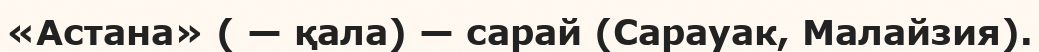
«Астана» ( — қала) — сарай (Сарауак, Малайзия).